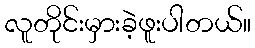
လူတိုင်းမှားခဲ့ဖူးပါတယ်။